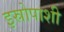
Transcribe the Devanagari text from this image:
इस्रोपाशी